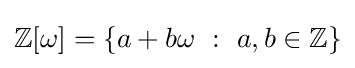
\mathbb {Z} [\omega ]=\left\{a+b\omega \ :\ a,b\in \mathbb {Z} \right\}